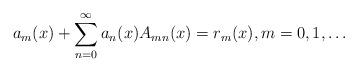
LaTeX: \begin{align*}a_{m}(x)+\sum_{n=0}^{\infty}a_{n}(x)A_{mn}(x)=r_{m}(x),m=0,1,\ldots\end{align*}